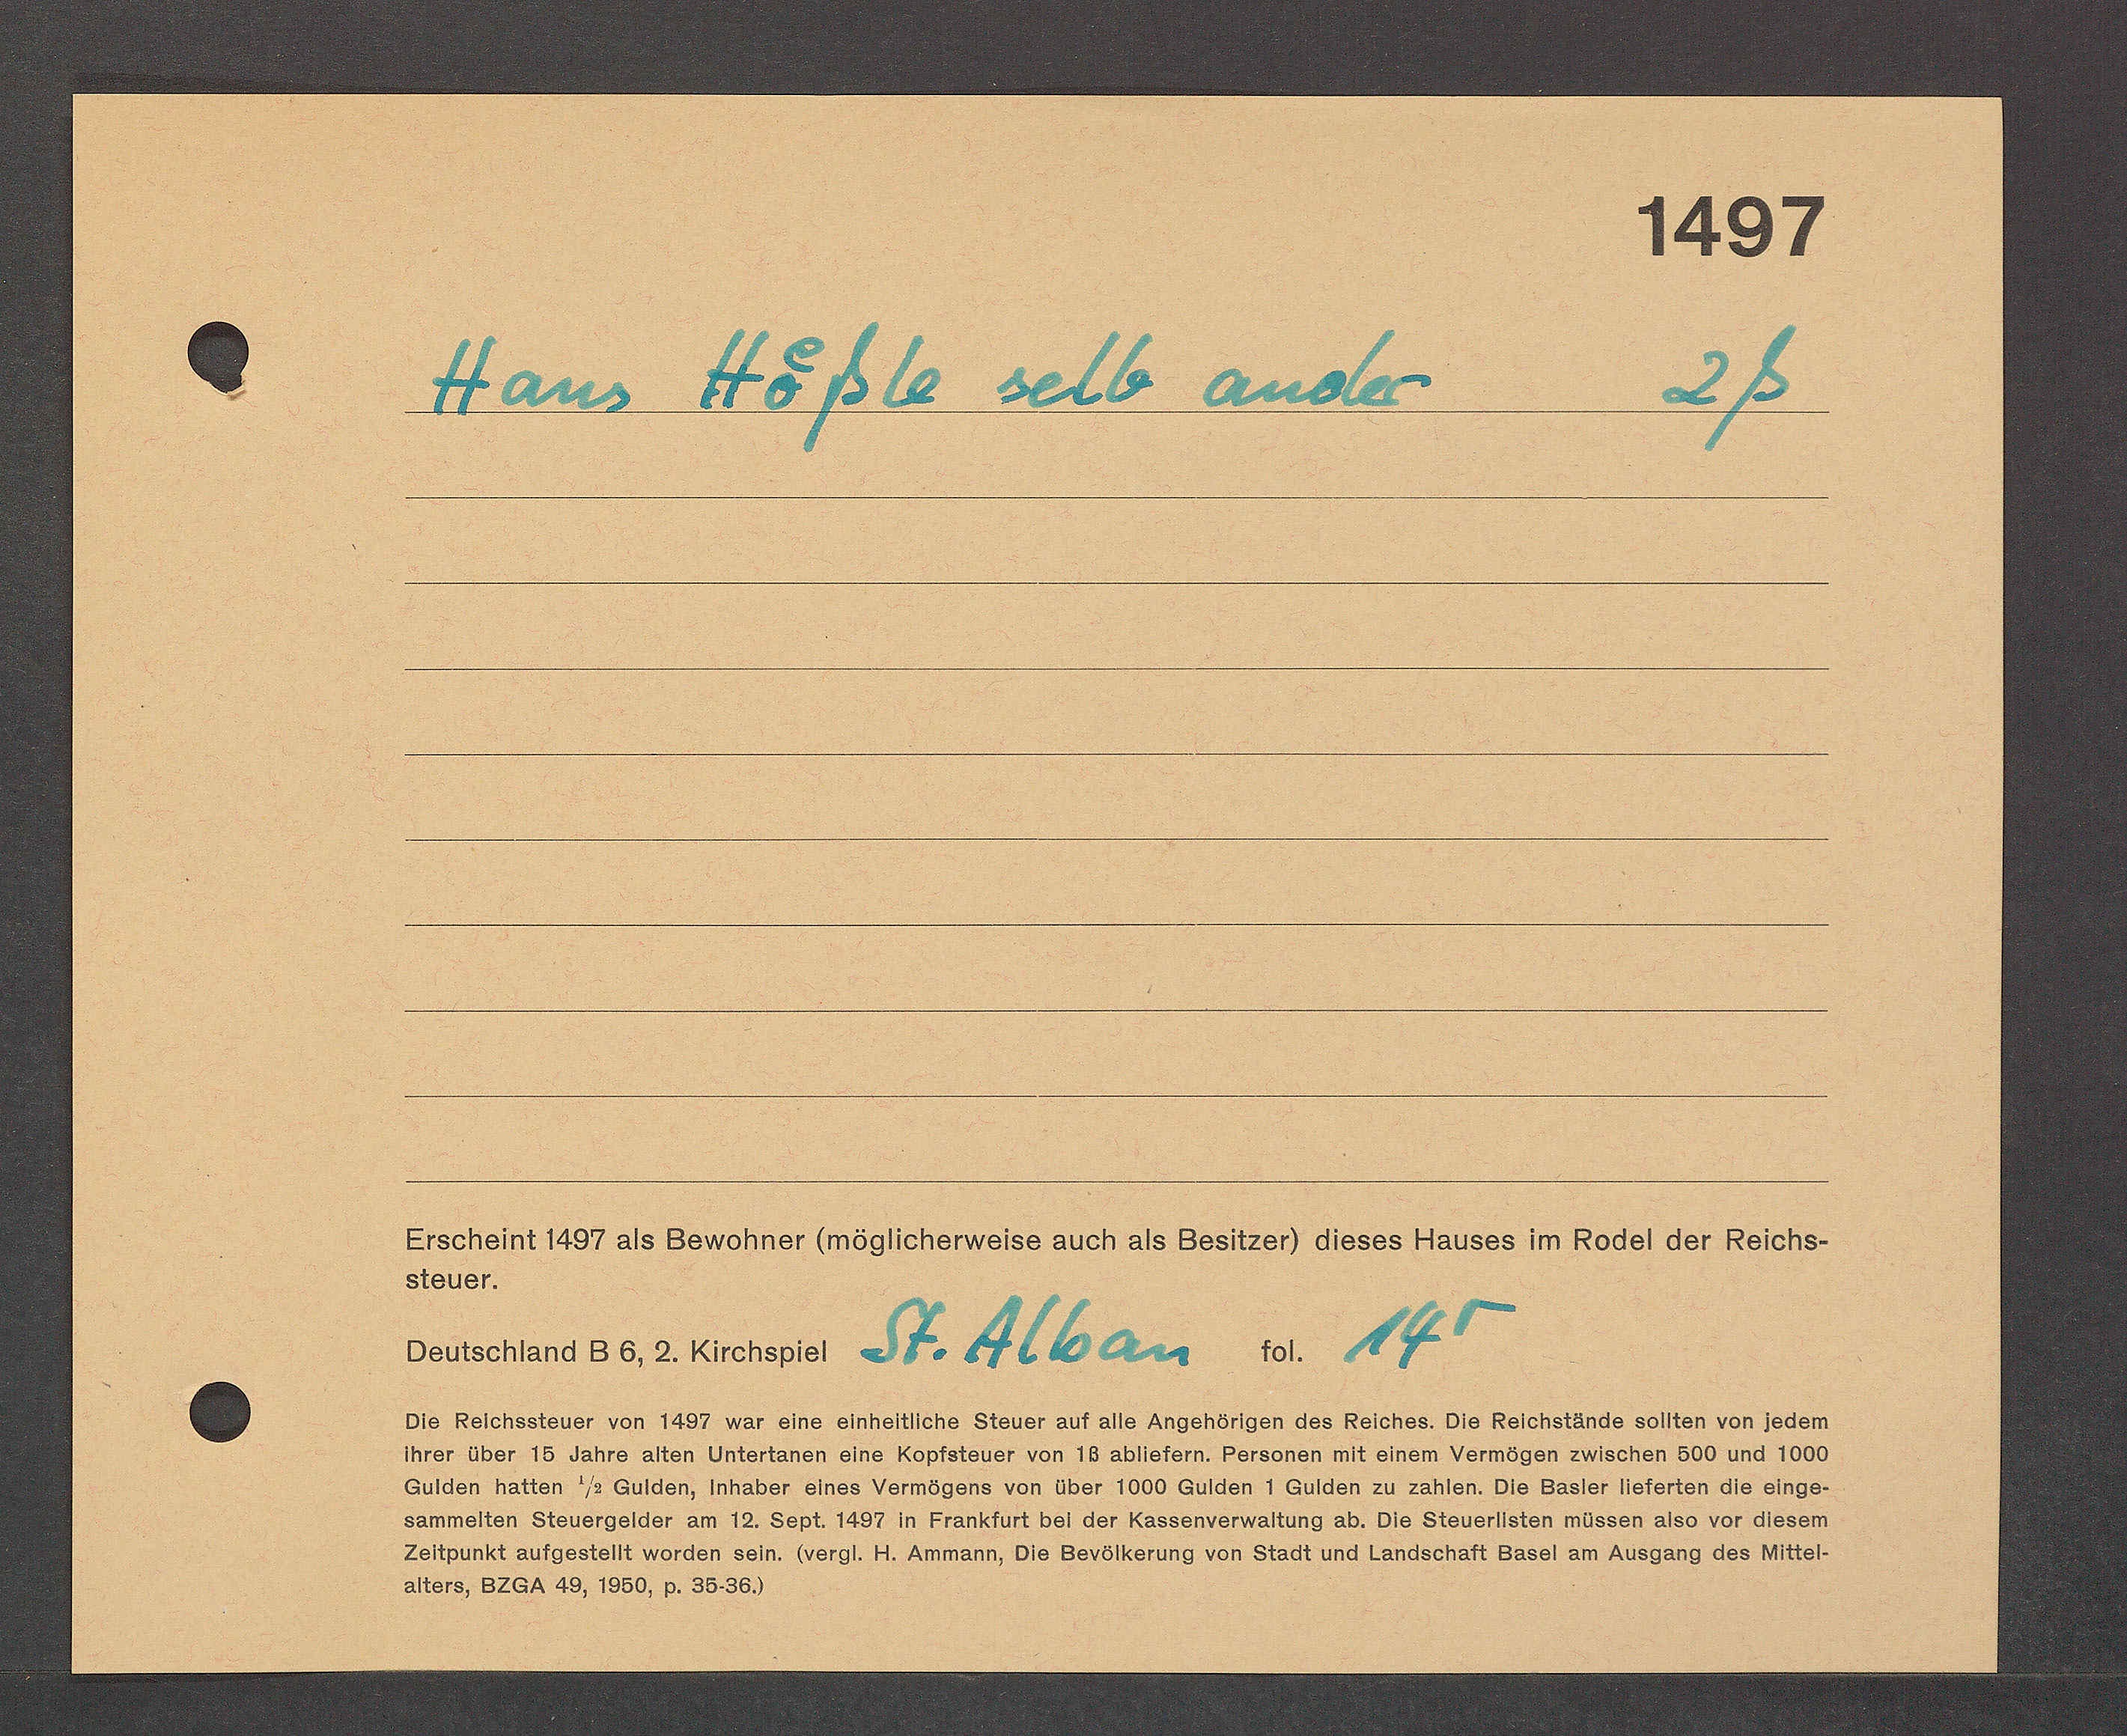
Transcript:
Haus Hoßle selb ander

S. 14
Beuschland Eb, 2.küchenen St. Alban
Oie Reichssteuer von 1457 war eine einhettliche Steuer auf alle Angehörigen des Reiches. Oie Re
hrer über 15 Jahre alten Anterlanen eine Koptsteuer von 18 ablietern. Personen mit einem Vermegen zinn
Gulden hatten 73 Gulden, inhaber eines Vermögens von über 1000 Gulden 1 Gulden zulen
sammelten Steuergelder am 12. Sept. 1487 in Frankfurt bet der Rassenverwattung ab. Oie Steuertsten mussen als
Zettzunkt aufgestellt worden sein. Wergt. Ht. Ammann, Oie Bevötherung von Stadt und landschards¬
alters, O2aA 49, 1850, p. 3636)